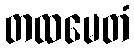
တထမေတံ